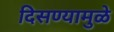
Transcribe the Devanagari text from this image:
दिसण्यामुळे